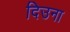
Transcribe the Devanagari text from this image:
दिउना